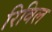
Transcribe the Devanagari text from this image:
रिविल